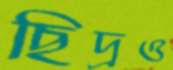
ছিদ্রও